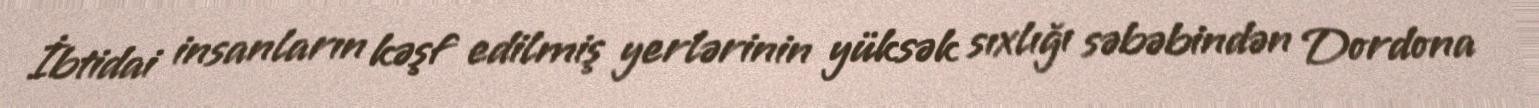
İbtidai insanların kəşf edilmiş yerlərinin yüksək sıxlığı səbəbindən Dordona